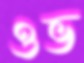
ওভ